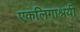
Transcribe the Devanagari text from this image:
एकलिगाश्रयी